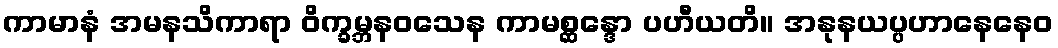
ကာမာနံ အမနသိကာရာ ဝိက္ခမ္ဘနဝသေန ကာမစ္ဆန္ဒော ပဟီယတိ။ အနုနယပ္ပဟာနေနေဝ